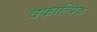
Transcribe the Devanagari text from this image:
वकाल्पिक